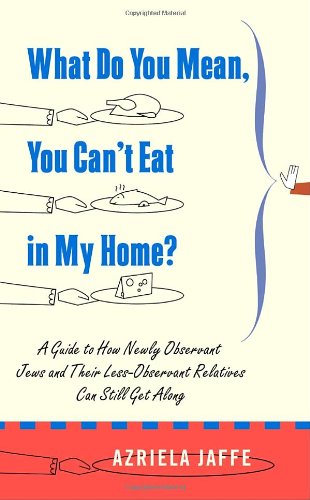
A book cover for What Do You Mean, You Can't Eat in My Home?: A Guide to How Newly Observant Jews and Their Less Observant Relatives Can Still Get Along; Azriela Jaffe; Religion & Spirituality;